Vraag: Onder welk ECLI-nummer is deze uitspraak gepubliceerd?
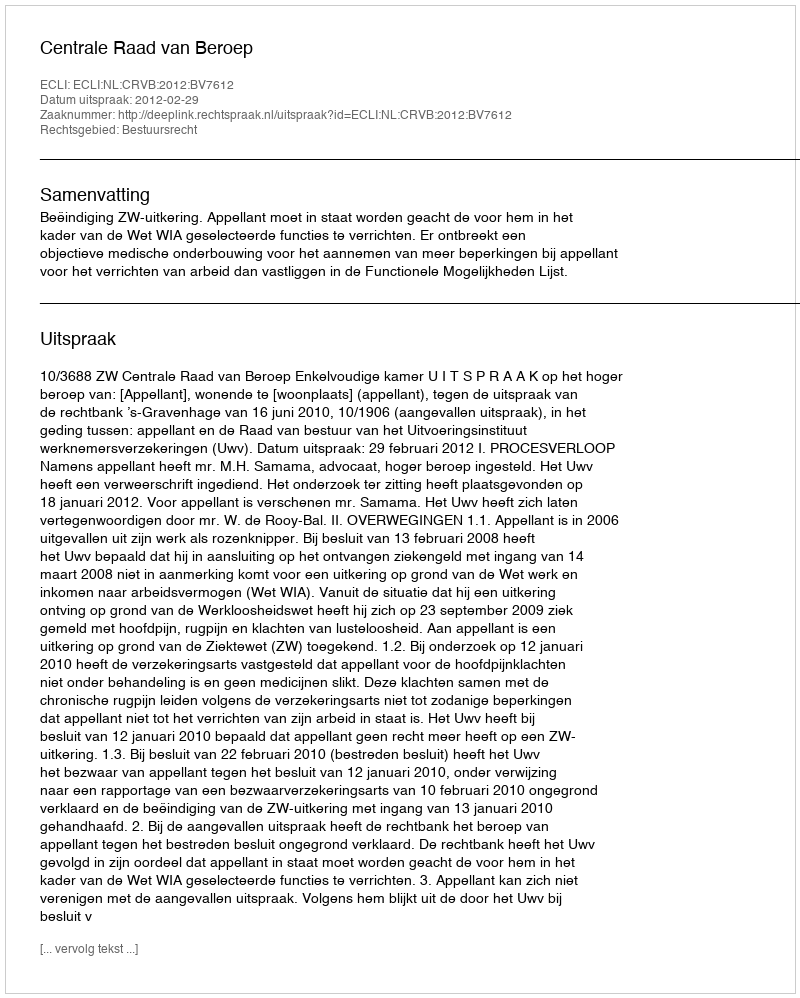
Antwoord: ECLI:NL:CRVB:2012:BV7612